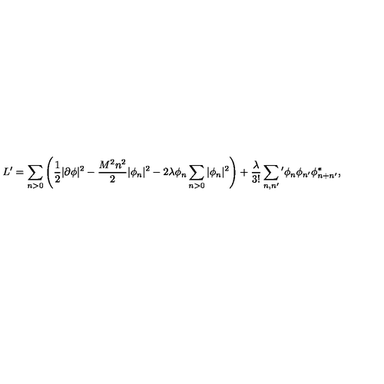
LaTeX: L ^ { \prime } = \sum _ { n > 0 } \left( \frac 1 2 | \partial \phi | ^ { 2 } - \frac { M ^ { 2 } n ^ { 2 } } { 2 } | \phi _ { n } | ^ { 2 } - 2 \lambda \phi _ { n } \sum _ { n > 0 } | \phi _ { n } | ^ { 2 } \right) + \frac { \lambda } { 3 ! } \sum _ { n , n ^ { \prime } } { } ^ { \prime } \phi _ { n } \phi _ { n ^ { \prime } } \phi _ { n + n ^ { \prime } } ^ { * } ,